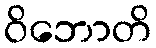
ဝိဘောတိ